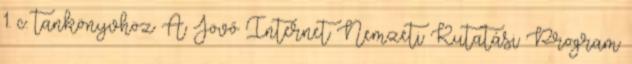
1. c. tankönyvhöz A Jövő Internet Nemzeti Kutatási Program